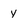
Character: y